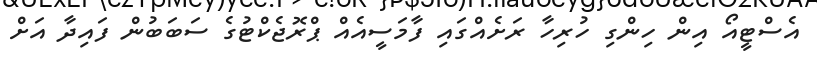
އެސްޓީއޯ އިން ހިންގި ހުރިހާ ރަށެއްގައި ފާމަސީއެއް ޕްރޮޖެކްޓުގެ ސަބަބުން ފައިދާ އަށް